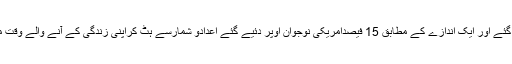
3 ملین کے لگ بھگ تھی جو کے تفکر کے مرض میں بھی مبتلا پائے گئے اور ایک اندازے کے مطابق 15 فیصدامریکی نوجوان اوپر دئیے گئے اعدادو شمارسے ہٹ کراپنی زندگی کے آنے والے وقت میں ڈپریشن کے عارضے میں مبتلا ہونے کے واضح امکان رکھتے ہیں۔